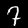
Digit: 7